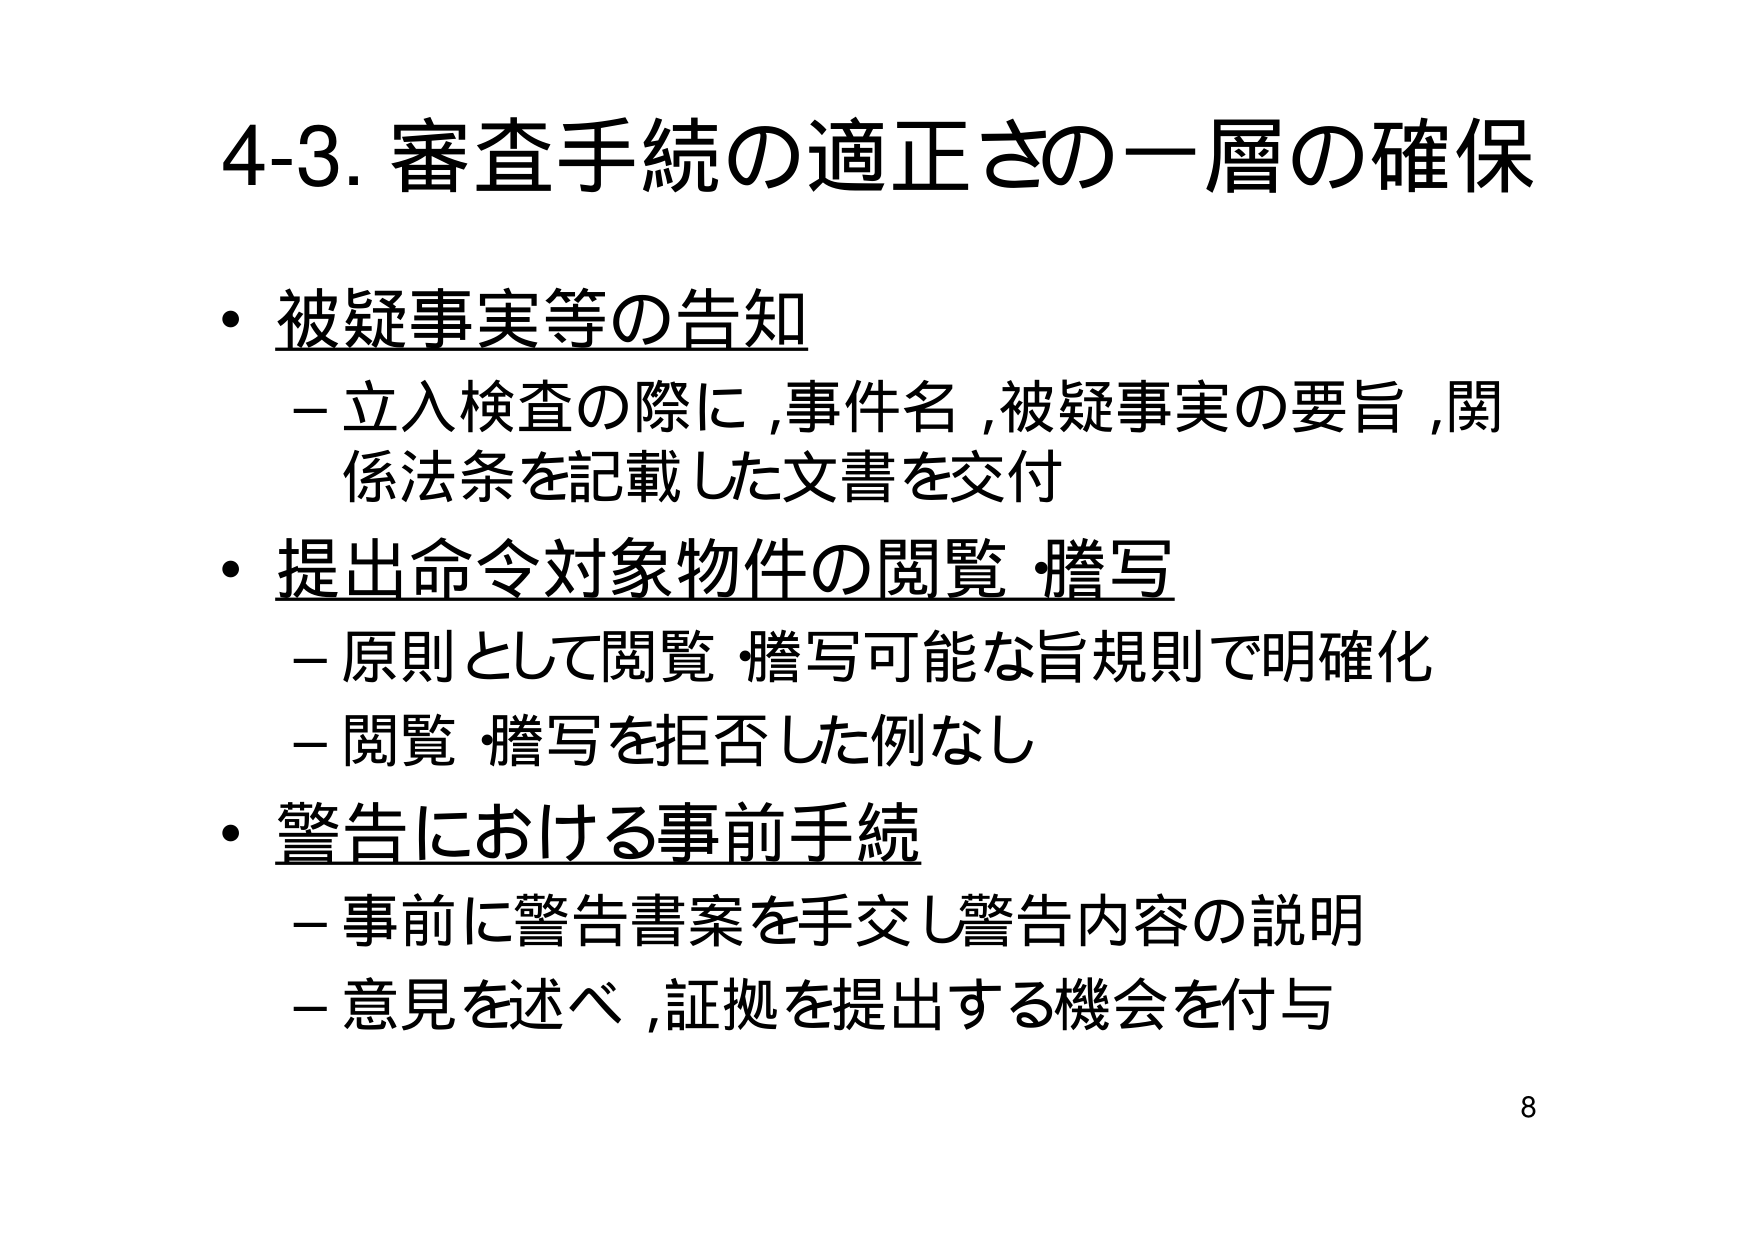
4-3. 審査手続の適正さの一層の確保

・被疑事実等の告知
－立入検査の際に,事件名,被疑事実の要旨,関係法条を記載した文書を交付

・提出命令対象物件の閲覧・謄写
－原則として閲覧・謄写可能な旨規則で明確化
－閲覧・謄写を拒否した例なし

・警告における事前手続
－事前に警告書案を手交し警告内容の説明
－意見を述べ,証拠を提出する機会を付与

8